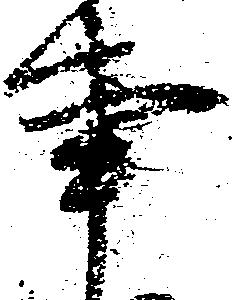
事